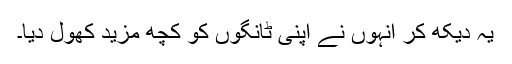
یہ دیکھ کر انہوں نے اپنی ٹانگوں کو کچھ مزید کھول دیا۔